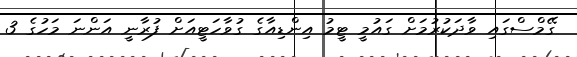
ގޭމްސްގައި ވާދަކުރުމަށް ގައުމީ ޓީމު އިންޑިއާގެ ގުވާހަޓީއަށް ފުރާނީ އަންނަ މަހުގެ 3